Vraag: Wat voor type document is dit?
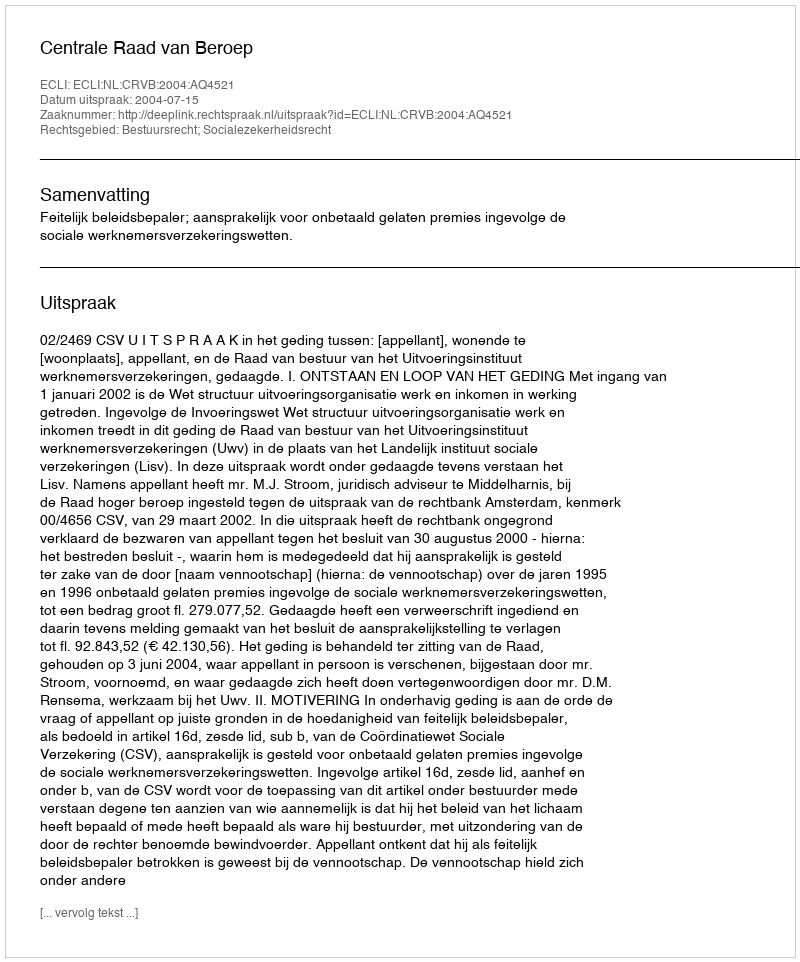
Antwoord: Uitspraak